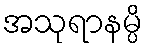
အသုရာနမ္ပိ